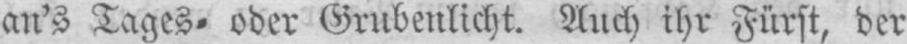
an’s Tages⸗ oder Grubenlicht. Auch ihr Fürst, der